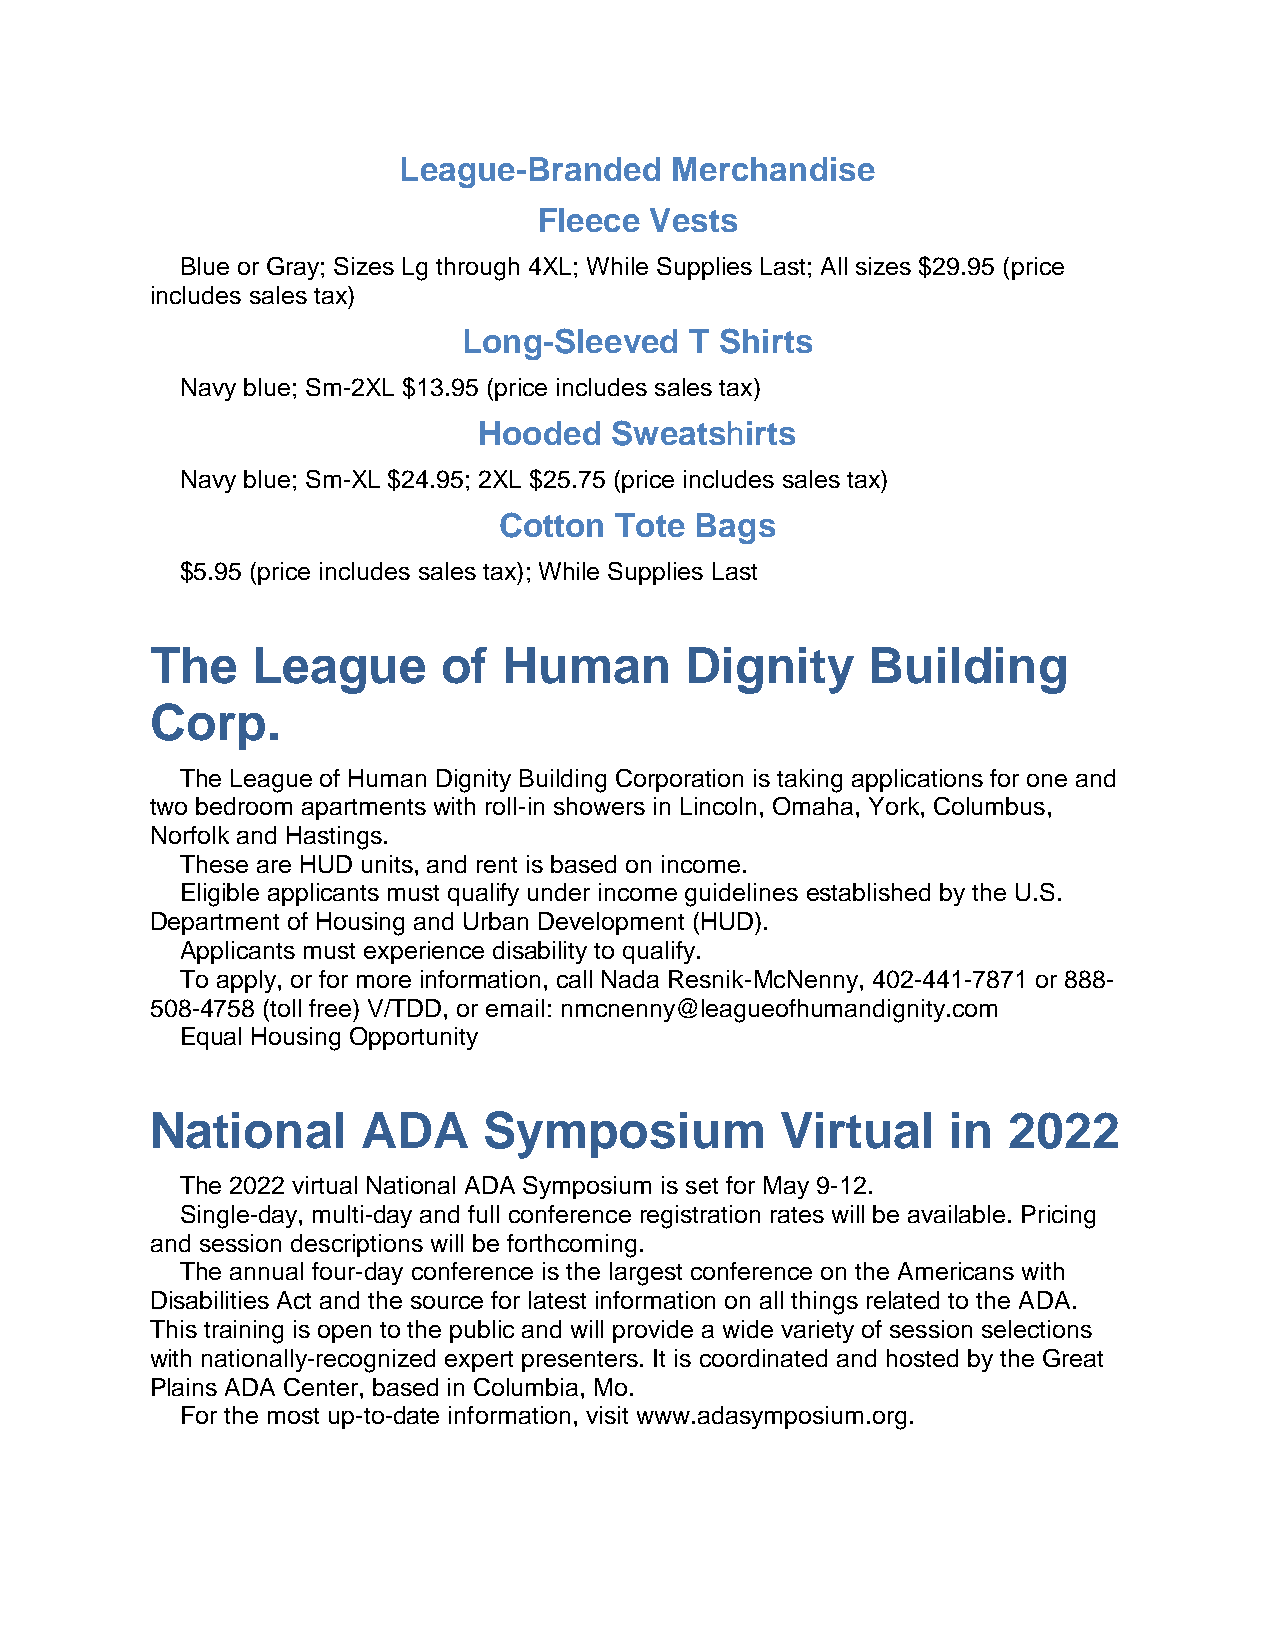
League-Branded    Merchandise
 Fleece Vests
 Blue or Gray; Sizes Lg through 4XL; While Supplies Last; All sizes $29.95 (price
 includes sales tax)
 Long-Sleeved   T Shirts
 Navy blue; Sm-2XL $13.95 (price includes sales tax)
 Hooded  Sweatshirts
 Navy blue; Sm-XL $24.95; 2XL $25.75 (price includes sales tax)
 Cotton  Tote Bags
 $5.95 (price includes sales tax); While Supplies Last
 The    League      of  Human       Dignity      Building
 Corp.
 The League of Human Dignity Building Corporation is taking applications for one and
 two bedroom apartments with roll-in showers in Lincoln, Omaha, York, Columbus,
 Norfolk and Hastings.
 These are HUD units, and rent is based on income.
 Eligible applicants must qualify under income guidelines established by the U.S.
 Department of Housing and Urban Development (HUD).
 Applicants must experience disability to qualify.
 To apply, or for more information, call Nada Resnik-McNenny, 402-441-7871 or 888-
 508-4758 (toll free) V/TDD, or email: nmcnenny@leagueofhumandignity.com
 Equal Housing Opportunity
 National      ADA     Symposium           Virtual    in  2022
 The 2022 virtual National ADA Symposium is set for May 9-12.
 Single-day, multi-day and full conference registration rates will be available. Pricing
 and session descriptions will be forthcoming.
 The annual four-day conference is the largest conference on the Americans with
 Disabilities Act and the source for latest information on all things related to the ADA.
 This training is open to the public and will provide a wide variety of session selections
 with nationally-recognized expert presenters. It is coordinated and hosted by the Great
 Plains ADA Center, based in Columbia, Mo.
 For the most up-to-date information, visit www.adasymposium.org.